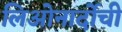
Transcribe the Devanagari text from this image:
लिओनार्दोची